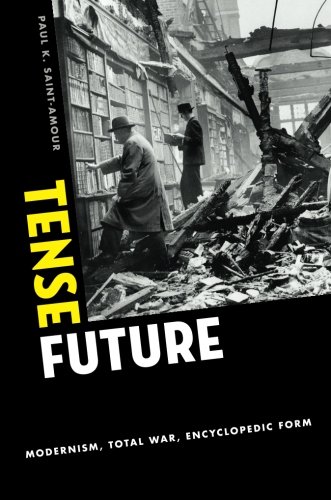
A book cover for Tense Future: Modernism, Total War, Encyclopedic Form; Paul K. Saint-Amour; Reference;